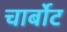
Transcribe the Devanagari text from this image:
चार्बोट